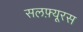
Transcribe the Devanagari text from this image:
सलफ़्यूरस